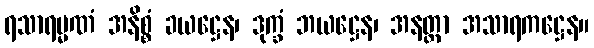
ရသာရမ္မဏံ အနိစ္စံ ခယဋ္ဌေန၊ ဒုက္ခံ ဘယဋ္ဌေန၊ အနတ္တာ အသာရကဋ္ဌေန။